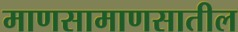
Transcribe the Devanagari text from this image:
माणसामाणसातील